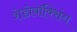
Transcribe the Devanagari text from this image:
शेडोबॉक्सिंग